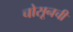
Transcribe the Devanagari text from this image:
चोसूनची